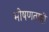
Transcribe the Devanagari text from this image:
भीषणताही